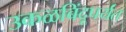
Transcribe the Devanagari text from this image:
उकळबिंदूपर्यंत